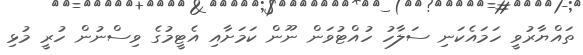
ތައްޔާރުވީ ހަމައެކަނި ސަލާހު ހުއްޓުވަން ނޫން ކަމަށާއި އެޓީމުގެ ވިސްނުން ހުރީ މުޅި